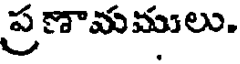
ప్రణామములు.